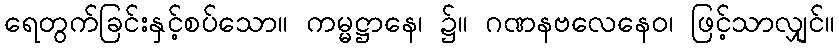
ရေတွက်ခြင်းနှင့်စပ်သော။ ကမ္မဋ္ဌာနေ၊ ၌။ ဂဏနဗလေနေဝ၊ ဖြင့်သာလျှင်။